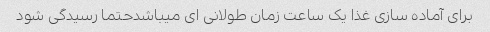
برای آماده سازی غذا یک ساعت زمان طولانی ای میباشدحتما رسیدگی شود